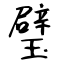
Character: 璧